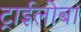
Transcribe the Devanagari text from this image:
ट्राईलोबा